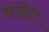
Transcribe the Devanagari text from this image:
संखेत